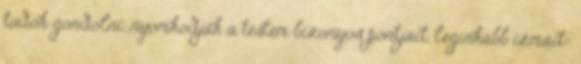
tudok gondolni, nyomkodják a testem bizonyos pontjait, leginkább izmait-